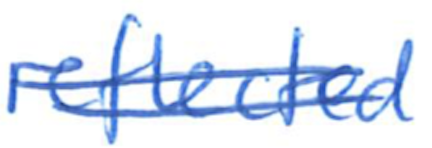
Text: reflected
Cross-out: double-line
Writing tool: ballpoint